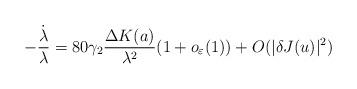
LaTeX: \begin{align*}-\frac{\dot{\lambda}}{\lambda}=80\gamma_{2}\frac{\Delta K(a)}{\lambda^{2}}(1+o_{\varepsilon}(1))+O(\vert \delta J(u)\vert^{2})\end{align*}